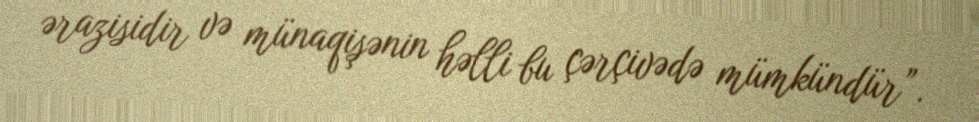
ərazisidir və münaqişənin həlli bu çərçivədə mümkündür”.